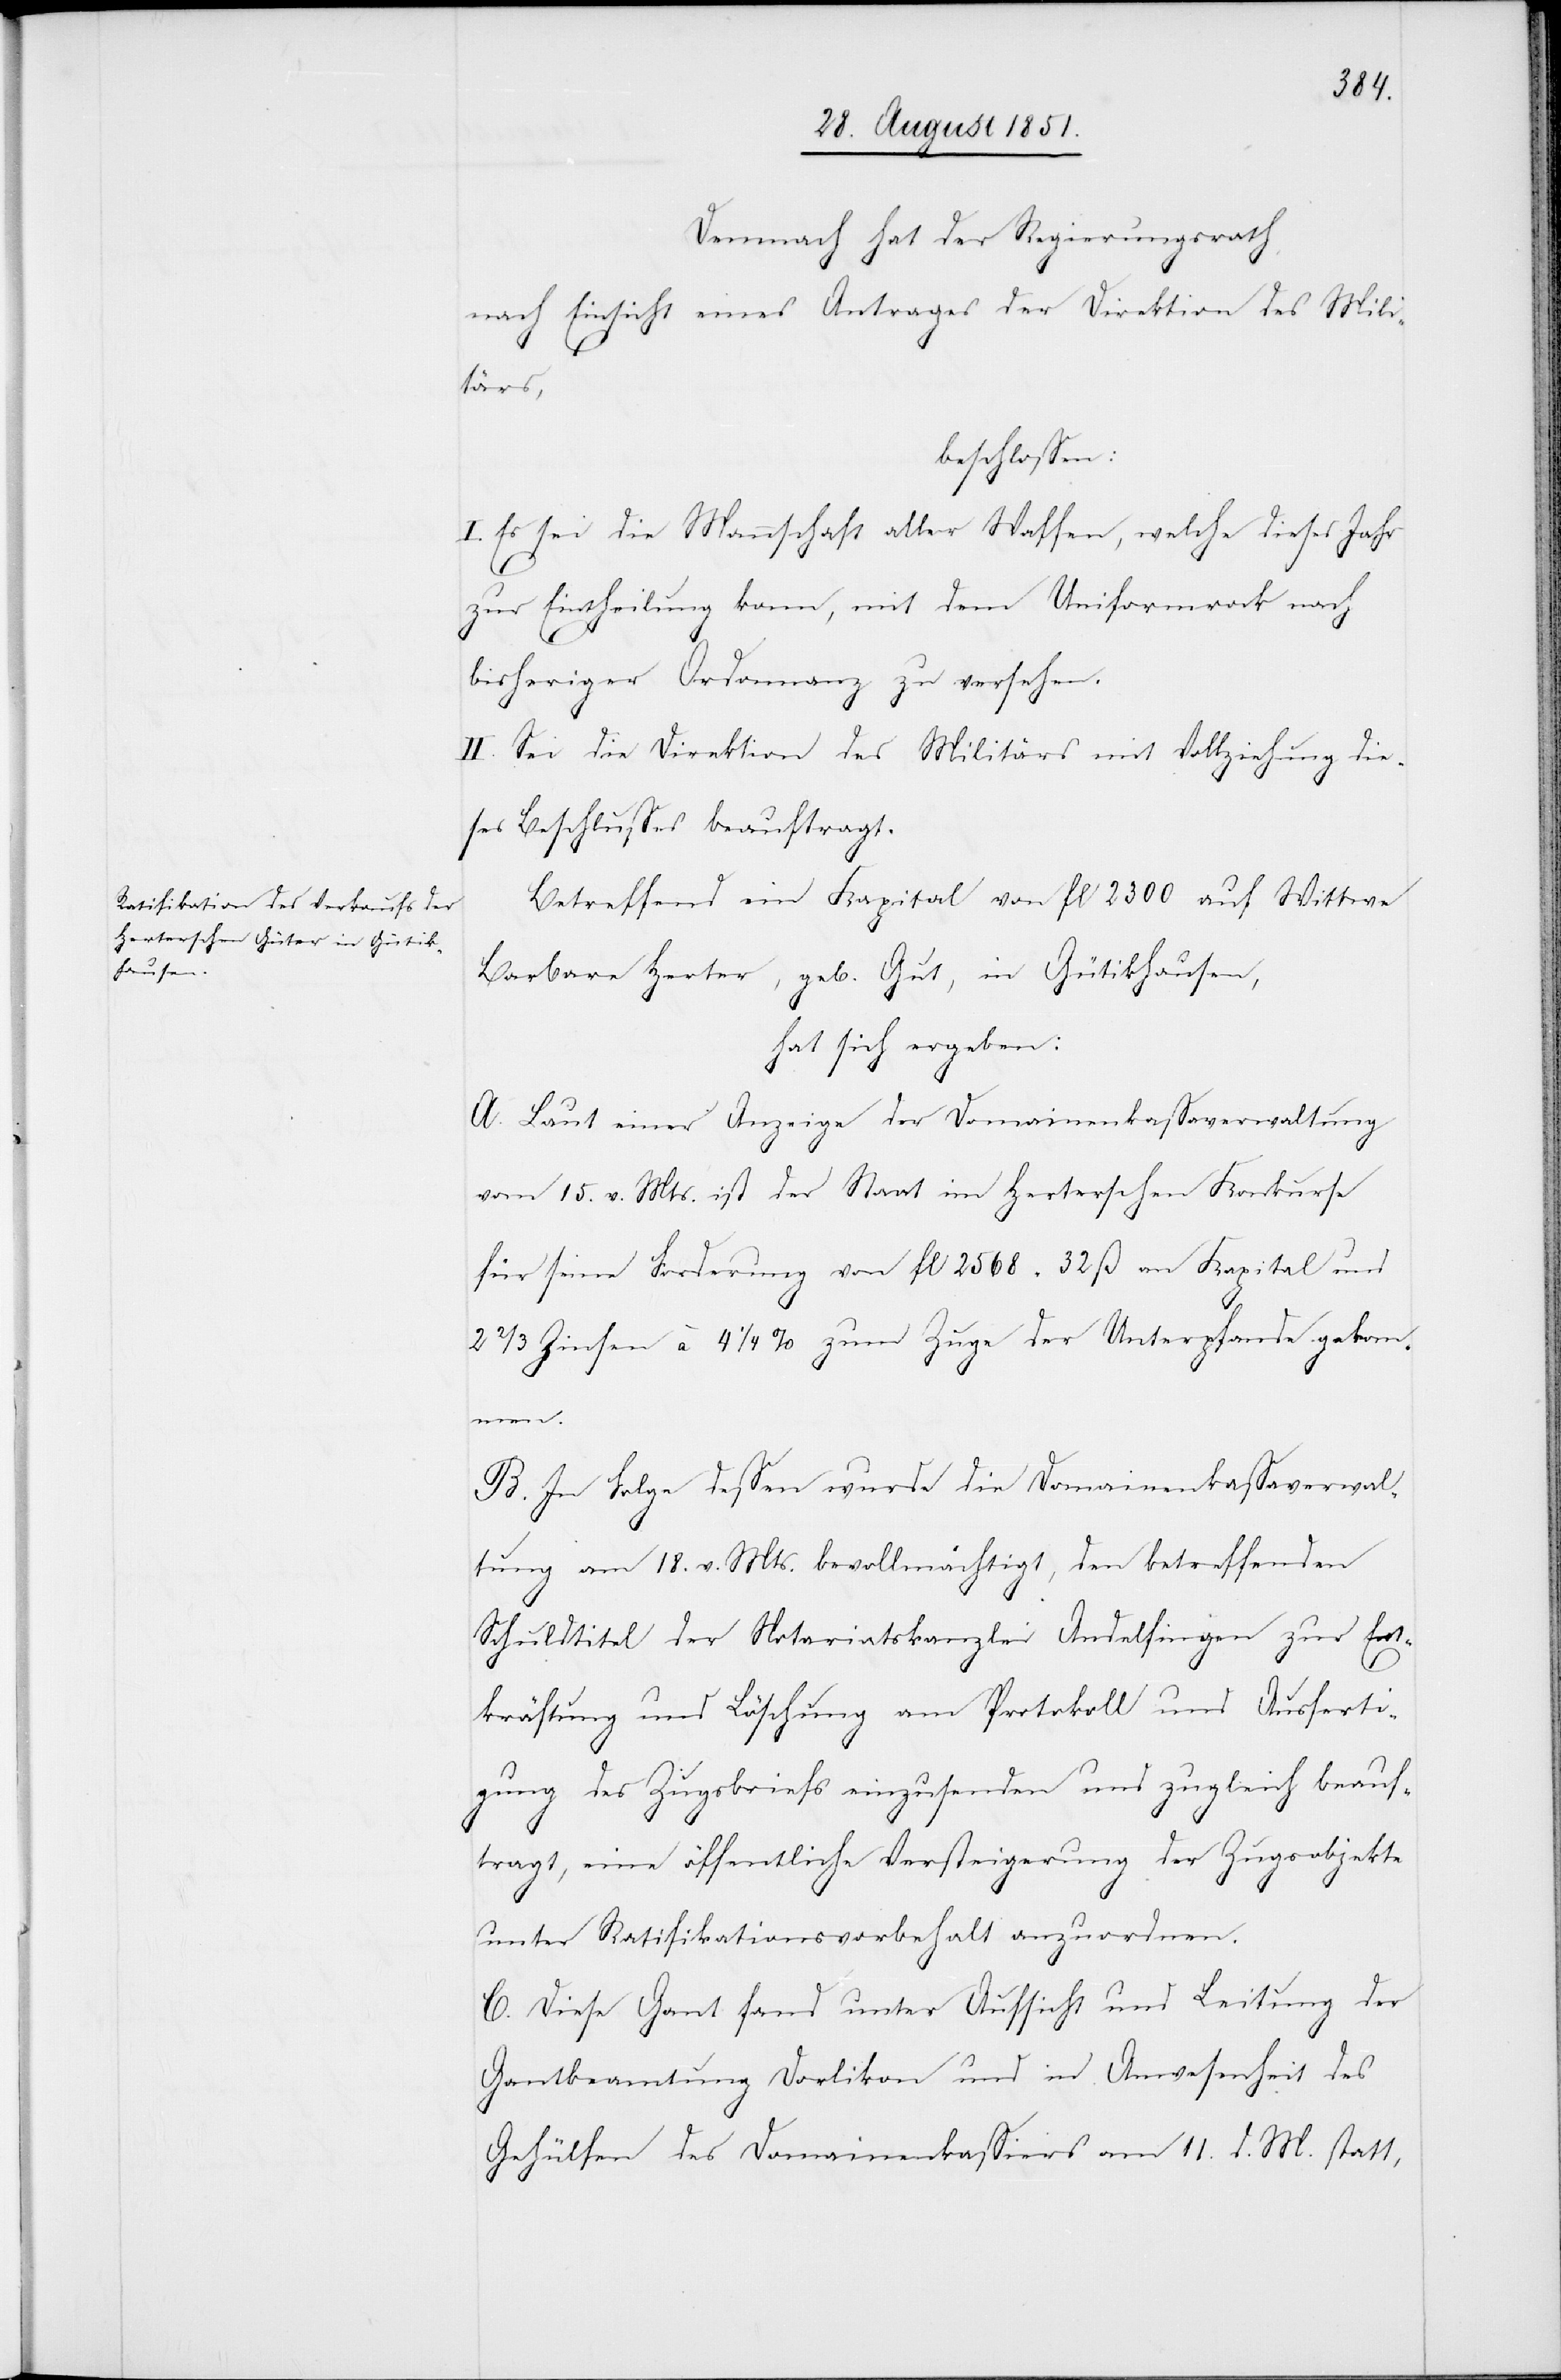
Demnach hat der Regierungsrath,
nach Einsicht eines Antrages der Direktion des Mili¬
tärs,
beschlossen:
I. Es sei die Mannschaft aller Waffen, welche dieses Jahr
zur Eintheilung kam, mit dem Uniformrock nach
bisheriger Ordonnanz zu versehen.
II. Sei die Direktion des Militärs mit Vollziehung die¬
ses Beschlusses beauftragt.
Betreffend ein Kapital von fl 2300 auf Wittwe
[sic!] Herter, geb. Gut, in Gütikhausen,
hat sich ergeben:
A. Laut einer Anzeige der Domainenkassaverwaltung
vom 15. v. Mts. ist der Staat im Herterschen Konkurse
für seine Forderung von fl 2568 32 ß an Kapital und
2 2/3 Zinsen à 4 1/4 % zum Zuge der Unterpfande gekom¬
men.
B. In Folge dessen wurde die Domainenkassaverwal¬
tung am 18. v. Mts. bevollmächtigt, den betreffenden
Schuldtitel der Notariatskanzlei Andelfingen zur En¬
tkräftung und Löschung am Protokoll und Ausferti¬
gung des Zugsbriefs einzusenden und zugleich beauf¬
tragt, eine öffentliche Versteigerung der Zugsobjekte
unter Ratifikationsvorbehalt anzuordnen.
C. Diese Gant fand unter Aufsicht und Leitung der
Gantbeamtung Dorlikon und in Anwesenheit des
Gehülfen des Domainenkassiers am 11. d. M. statt,